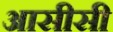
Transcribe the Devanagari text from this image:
आसीसी